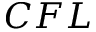
C F L